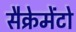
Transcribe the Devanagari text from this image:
सैक्रेमेंटो